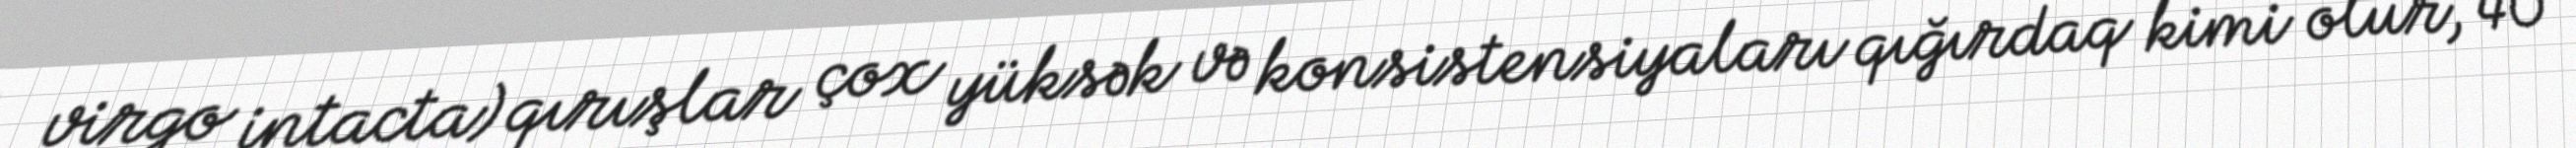
virgo intacta) qırışlar çox yüksək və konsistensiyaları qığırdaq kimi olur, 40